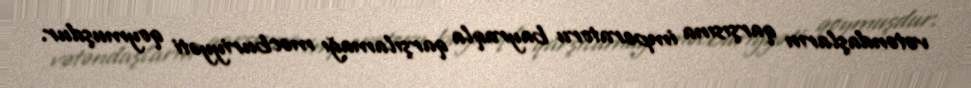
vətəndaşların qarşısına imperatoru bayraqla qarşılamağı məcburiyyəti qoymuşdur.